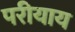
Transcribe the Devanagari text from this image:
परीयाय